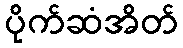
ပိုက်ဆံအိတ်